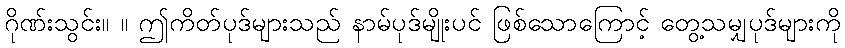
ဂိုဏ်းသွင်း။ ။ ဤကိတ်ပုဒ်များသည် နာမ်ပုဒ်မျိုးပင် ဖြစ်သောကြောင့် တွေ့သမျှပုဒ်များကို